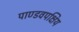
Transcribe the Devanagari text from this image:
पाण्डवपक्षिय